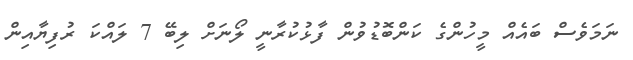
ނަމަވެސް ބައެއް މީހުންގެ ކަންބޮޑުވުން ފާޅުކުރާނީ ލޯނަށް ލިބޭ 7 ލައްކަ ރުފިޔާއިން